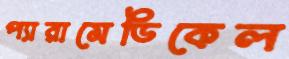
প্যারামেডিকেল